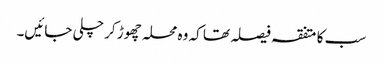
سب کا متفقہ فیصلہ تھا کہ وہ محلہ چھوڑ کر چلی جائیں۔